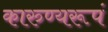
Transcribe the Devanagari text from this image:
कारुण्यरूपं